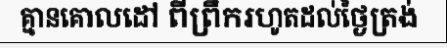
គ្មានគោលដៅ ពីព្រឹករហូតដល់ថ្ងៃត្រង់